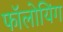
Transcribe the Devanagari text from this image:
फॉलोयिंग